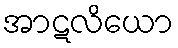
အာဋလိယော